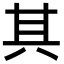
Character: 其